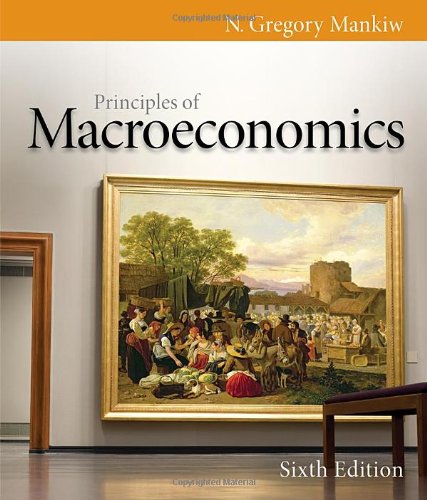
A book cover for Principles of Macroeconomics, 6th Edition; N. Gregory Mankiw; Business & Money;